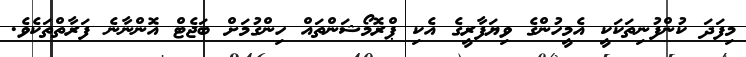
މިފަދަ ކުންފުނިތަކަކީ އެމީހުންގެ ވިޔަފާރީގެ އެކި ޕްރޮމޯޝަންތައް ހިންގުމަށް ބަޖެޓް އޮންނާނެ ފަރާތްތަކެވެ.